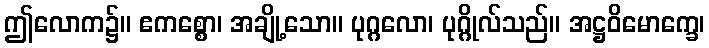
ဤလောက၌။ ဧကစ္စော၊ အချို့သော။ ပုဂ္ဂလော၊ ပုဂ္ဂိုလ်သည်။ အဋ္ဌဝိမောက္ခေ၊